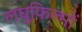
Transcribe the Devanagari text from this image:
लघुफिल्मों